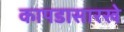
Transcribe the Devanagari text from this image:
कापडासारखे